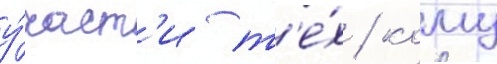
у́част'и т'е́х / кому